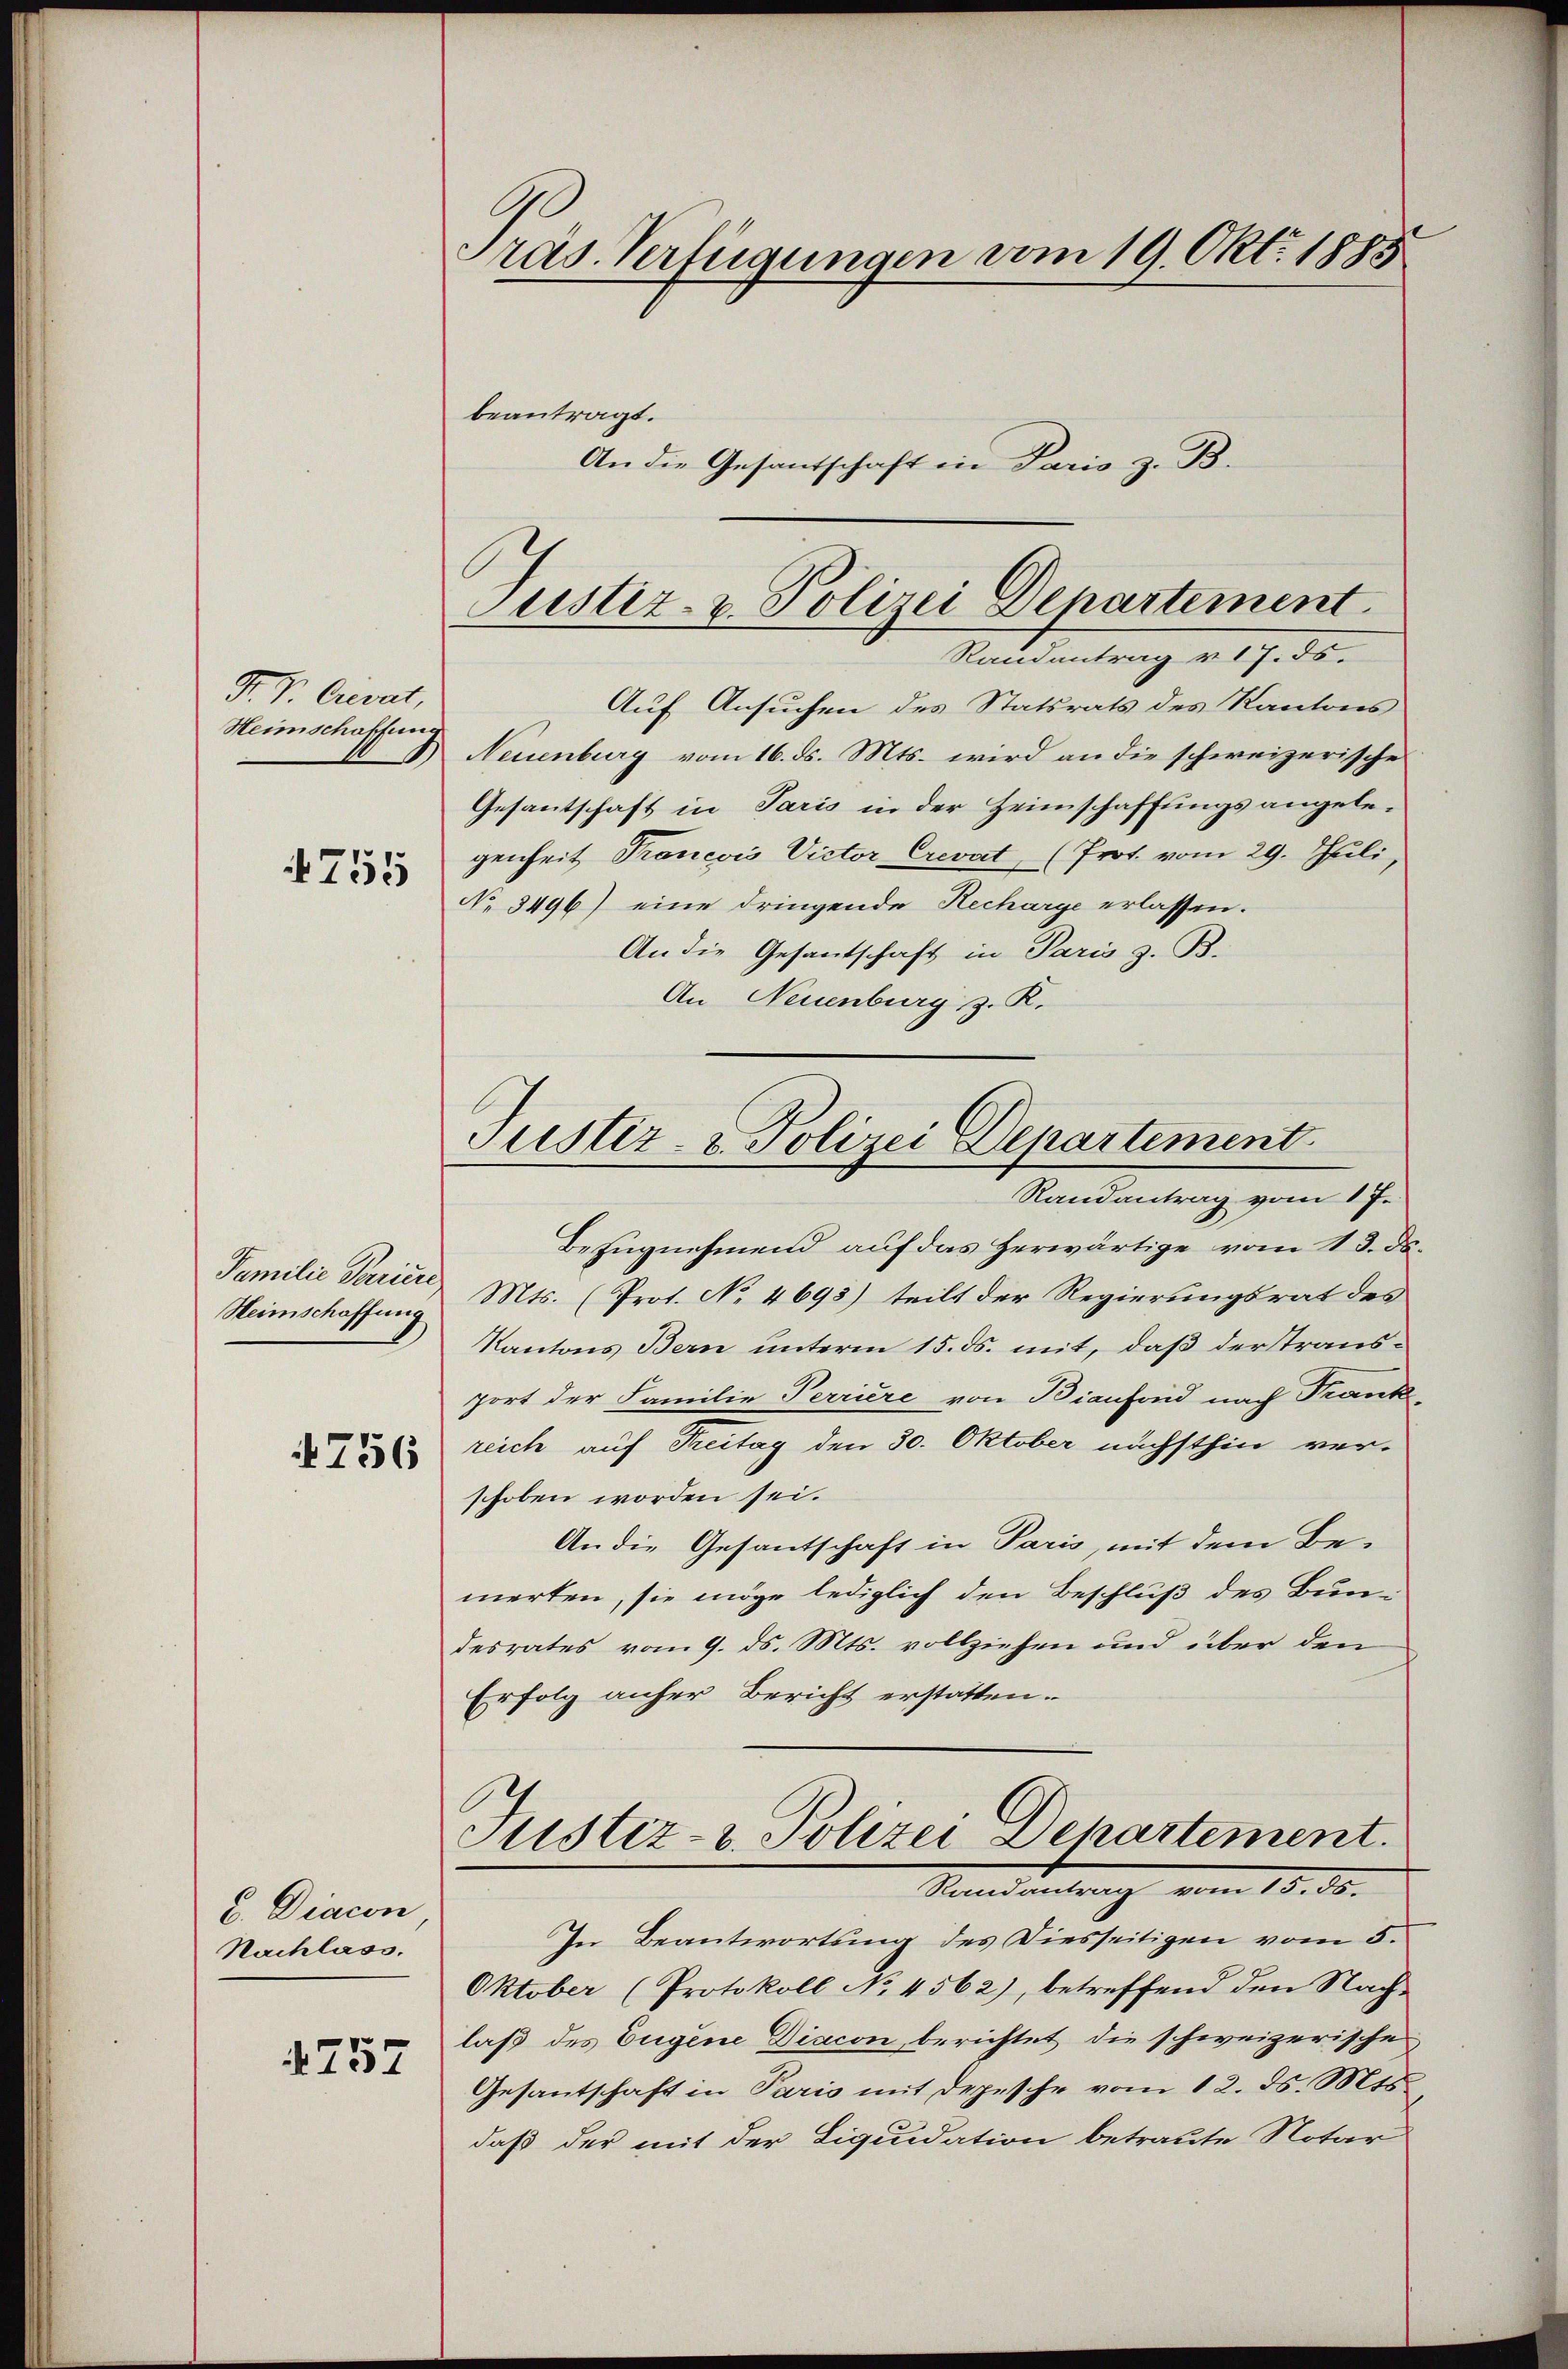
F. P. Crevat,
Heimschaffung
4755

Familie Pariere
Heimschaffung

756

u. Diacon
Nachlass.

757

Präs. Verfügungen vom 19. Okt. 1885
beantragt.
An die Gesandschaft in Paris z. B.

Justiz- u. Polizei Departement.

Justiz- & Polizei Departement
Randantrag vom 17.

Randantrag v. 17. ds.
Auf Ansuchen des Statsrats des Kantons
Neuenburg vom 16. ds. Mts. wird an die schweizerische
Gesantschaft in Paris in der Heimschaffungsangelegenheit Trancois Victor Crevat, (Prot. vom 29. Juli,
No 8496) eine dringende Recharge erlassen.
An die Gesantschaft in Paris z. B.
An Neuenburg z. K.
Bezugnehmend auf das Herwärtige vom 13. ds.
Mts. (Prot. No. 4693) teilt der Regierungsrat des
Kantons Bern unterm 15. ds. mit, daß der Transport der Familie Perriere von Bianfond nach Frank
reich auf Treitag den 30. Oktober nächsthin ver-
schoben worden sei.
An die Gesantschaft in Paris, mit dem Bemerten, sie möge lediglich den Beschluß des Bundesrates vom 9. ds. Mts. vollziehen und über den
Erfolg anher Bericht erstatten.
Justiz- u. Polizei Departement.
Standentrag vom 18. ds.
In Beantwortung des Diesseitigen vom 5.
Oktober (Protokoll No 4562), betreffend den Nach-
laß des Eugene Diacon berichtet die schweizerische
Gesantschaft in Paris mit Depesche vom 12. ds. Mts.
daß der mit der Liquidation betraute Notar